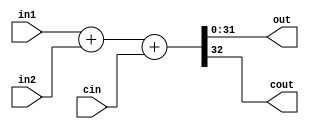
module ADD32 #(parameter SIZE = 32)(input [SIZE-1:0] in1, in2, 
    input cin, output [SIZE-1:0] out, output cout);
assign {cout, out} = in1 + in2 + cin;
endmodule